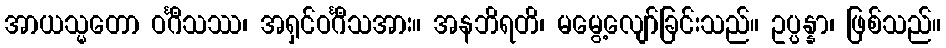
အာယသ္မတော ဝင်္ဂီသဿ၊ အရှင်ဝင်္ဂီသအား။ အနဘိရတိ၊ မမွေ့လျော်ခြင်းသည်။ ဥပ္ပန္နာ၊ ဖြစ်သည်။